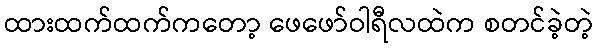
ထားထက်ထက်ကတော့ ဖေဖော်ဝါရီလထဲက စတင်ခဲ့တဲ့